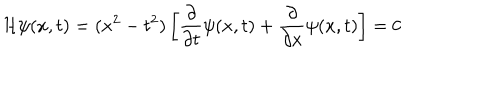
LaTeX: { \cal H } \psi ( x , t ) = ( x ^ { 2 } - t ^ { 2 } ) \left[ \frac { \partial } { \partial t } \psi ( x , t ) + \frac { \partial } { \partial x } \psi ( x , t ) \right] = 0